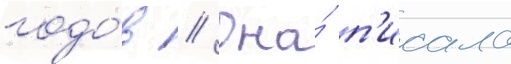
годо́в // Она́ п'исала